画像に写った文字を読んでください
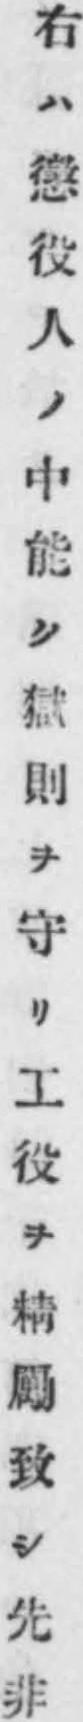
「右ハ懲役人ノ中能ク獄則ヲ守リ工役ヲ精勵致シ先非」と書いてあります